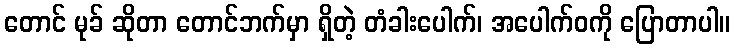
တောင် မုခ် ဆိုတာ တောင်ဘက်မှာ ရှိတဲ့ တံခါးပေါက်၊ အပေါက်ဝကို ပြောတာပါ။